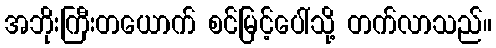
အဘိုးကြီးတယောက် စင်မြင့်ပေါ်သို့ တက်လာသည်။